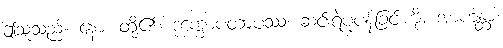
ဤသူသည်။ နော၊ တို့၏။ ဒုက္ခောပတာပဿ၊ ဆင်းရဲပူပန်ခြင်းကို။ အာဟန္တာ၊